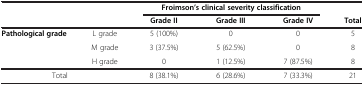
<table><thead><tr><td rowspan="2" colspan="2"><b> </b></td><td colspan="3"><b>Froimson’s clinical severity classification</b></td><td><b> </b></td></tr><tr><td><b>Grade II</b></td><td><b>Grade III</b></td><td><b>Grade IV</b></td><td><b>Total</b></td></tr></thead><tbody><tr><td rowspan="3"><b>Pathological grade</b></td><td>L grade</td><td>5 (100%)</td><td>0</td><td>0</td><td>5</td></tr><tr><td>M grade</td><td>3 (37.5%)</td><td>5 (62.5%)</td><td>0</td><td>8</td></tr><tr><td>H grade</td><td>0</td><td>1 (12.5%)</td><td>7 (87.5%)</td><td>8</td></tr><tr><td colspan="2">Total</td><td>8 (38.1%)</td><td>6 (28.6%)</td><td>7 (33.3%)</td><td>21</td></tr></tbody></table>